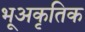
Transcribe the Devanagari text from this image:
भूअकृतिक